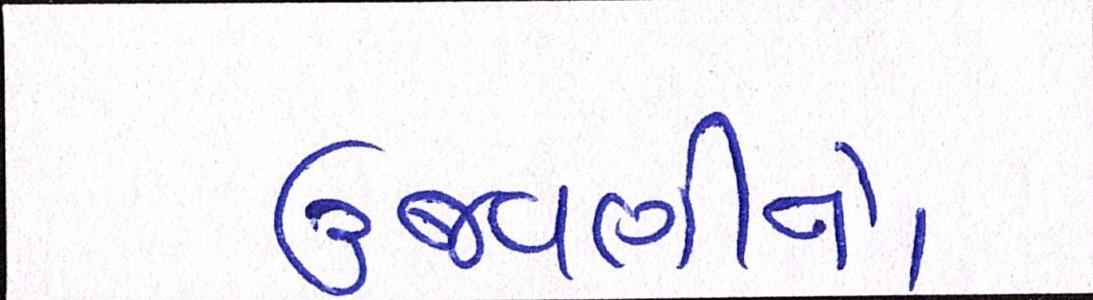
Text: ઉજવણીનો